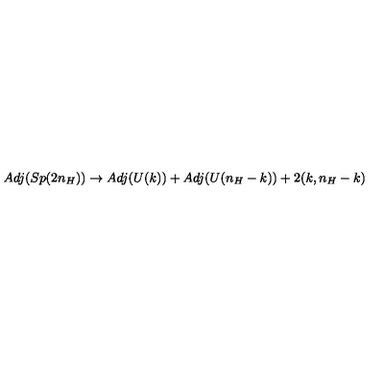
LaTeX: A d j ( S p ( 2 n _ { H } ) ) \to A d j ( U ( k ) ) + A d j ( U ( n _ { H } - k ) ) + 2 ( k , n _ { H } - k )